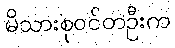
မိသားစုဝင်တဦးက